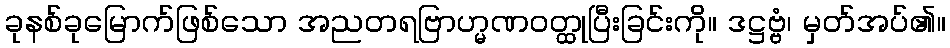
ခုနစ်ခုမြောက်ဖြစ်သော အညတရဗြာဟ္မဏဝတ္ထုပြီးခြင်းကို။ ဒဋ္ဌဗ္ဗံ၊ မှတ်အပ်၏။